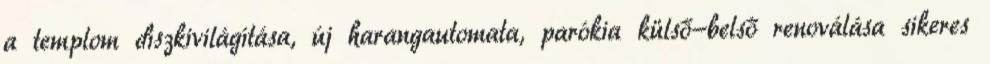
a templom díszkivilágítása, új harangautomata, parókia külső-belső renoválása sikeres